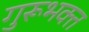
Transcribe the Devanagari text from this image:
गुरूभक्त